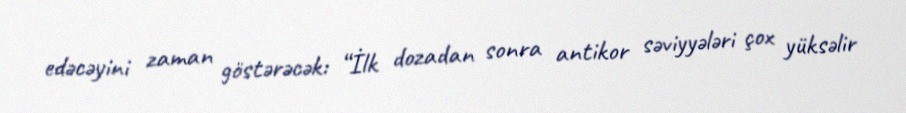
edəcəyini zaman göstərəcək: “İlk dozadan sonra antikor səviyyələri çox yüksəlir